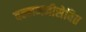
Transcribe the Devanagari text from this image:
वल्लभजीसेवित